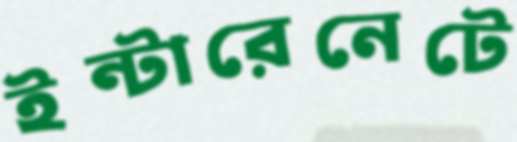
ইন্টারেনেটে